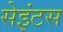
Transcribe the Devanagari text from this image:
सेइंटस